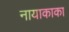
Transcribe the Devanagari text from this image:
नायाकाका